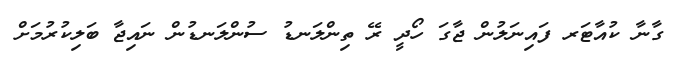
ގާނާ ކުއާޓަރ ފައިނަލުން ޖާގަ ހޯދީ ރޭ ތިންލަނޑު ސުންލަނޑުން ނައިޖާ ބަލިކުރުމަށް